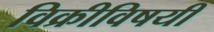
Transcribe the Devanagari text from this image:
विक्रीविषयी